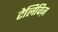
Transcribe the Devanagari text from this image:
टेलिविज़